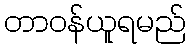
တာဝန်ယူရမည်